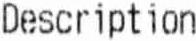
DESCRIPTION